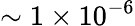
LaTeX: \sim 1\times 10^{-6}